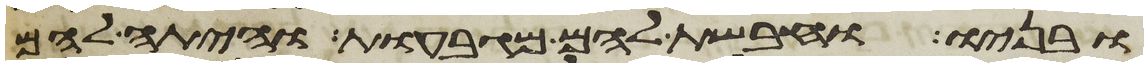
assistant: ובניו וחבשת להם מגבעות והיתה להם